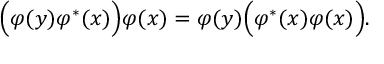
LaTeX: \Bigl ( \varphi ( y ) \varphi ^ { * } ( x ) \Bigl ) \varphi ( x ) = \varphi ( y ) \Bigl ( \varphi ^ { * } ( x ) \varphi ( x ) \Bigl ) .